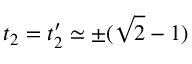
t _ { 2 } = t _ { 2 } ^ { \prime } \simeq \pm ( \sqrt { 2 } - 1 )